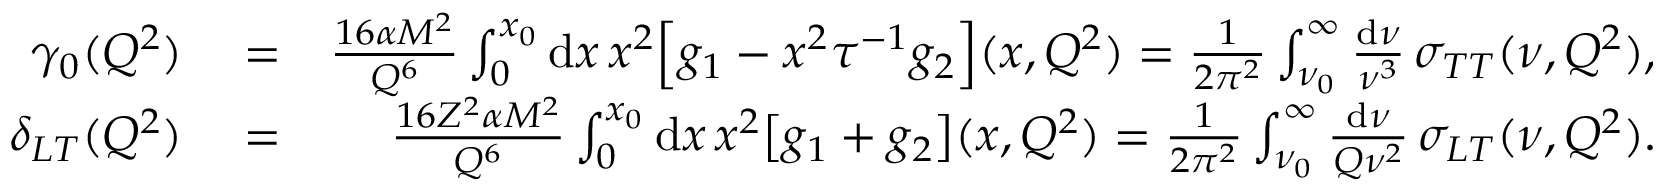
\begin{array} { r l r } { \gamma _ { 0 } ( Q ^ { 2 } ) } & { { } = } & { \frac { 1 6 \alpha M ^ { 2 } } { Q ^ { 6 } } \int _ { 0 } ^ { x _ { 0 } } \mathrm { d } x \, x ^ { 2 } \Big [ g _ { 1 } - x ^ { 2 } \tau ^ { - 1 } g _ { 2 } \Big ] ( x , Q ^ { 2 } ) = \frac { 1 } { 2 \pi ^ { 2 } } \int _ { \nu _ { 0 } } ^ { \infty } \frac { \mathrm { d } \nu } { \nu ^ { 3 } } \, \sigma _ { T T } ( \nu , Q ^ { 2 } ) , } \\ { \delta _ { L T } ( Q ^ { 2 } ) } & { { } = } & { \frac { 1 6 Z ^ { 2 } \alpha M ^ { 2 } } { Q ^ { 6 } } \int _ { 0 } ^ { x _ { 0 } } \mathrm { d } x \, x ^ { 2 } \big [ g _ { 1 } + g _ { 2 } \big ] ( x , Q ^ { 2 } ) = \frac { 1 } { 2 \pi ^ { 2 } } \int _ { \nu _ { 0 } } ^ { \infty } \frac { \mathrm { d } \nu } { Q \nu ^ { 2 } } \, \sigma _ { L T } ( \nu , Q ^ { 2 } ) . } \end{array}